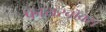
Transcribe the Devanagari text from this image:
फायरबॉक्स